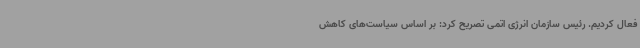
فعال کردیم. رئیس سازمان انرژی اتمی تصریح کرد: بر اساس سیاست‌های کاهش